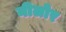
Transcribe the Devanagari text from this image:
नीलोर